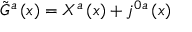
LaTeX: \tilde { G } ^ { a } \left( x \right) = X ^ { a } \left( x \right) + j ^ { 0 a } \left( x \right)